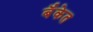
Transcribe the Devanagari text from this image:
बॅँकेत